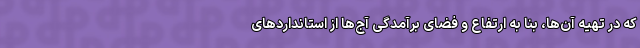
که در تهیه آن‌ها، بنا به ارتفاع و فضای برآمد‌گی آج‌ها از استانداردهای